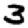
Digit: 3